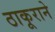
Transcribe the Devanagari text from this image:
ठाकूराने